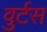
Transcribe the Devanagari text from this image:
वुर्टस